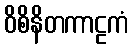
ဝိစိနိတကာဠကံ